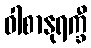
ဝါစာနုရက္ခီ